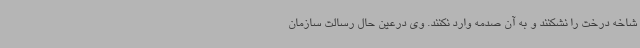
شاخه درخت را نشکنند و به آن صدمه وارد نکنند. وی درعین حال رسالت سازمان